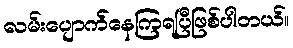
လမ်းပျောက်နေကြရပြီဖြစ်ပါတယ်။